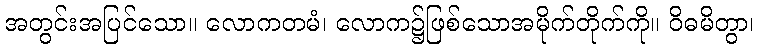
အတွင်းအပြင်သော။ လောကတမံ၊ လောက၌ဖြစ်သောအမိုက်တိုက်ကို။ ဝိဓမိတွာ၊